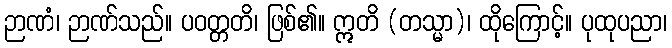
ဉာဏံ၊ ဉာဏ်သည်။ ပဝတ္တတိ၊ ဖြစ်၏။ ဣတိ (တသ္မာ)၊ ထိုကြောင့်။ ပုထုပညာ၊